Scottish Leaving Certificate Examination, 1955
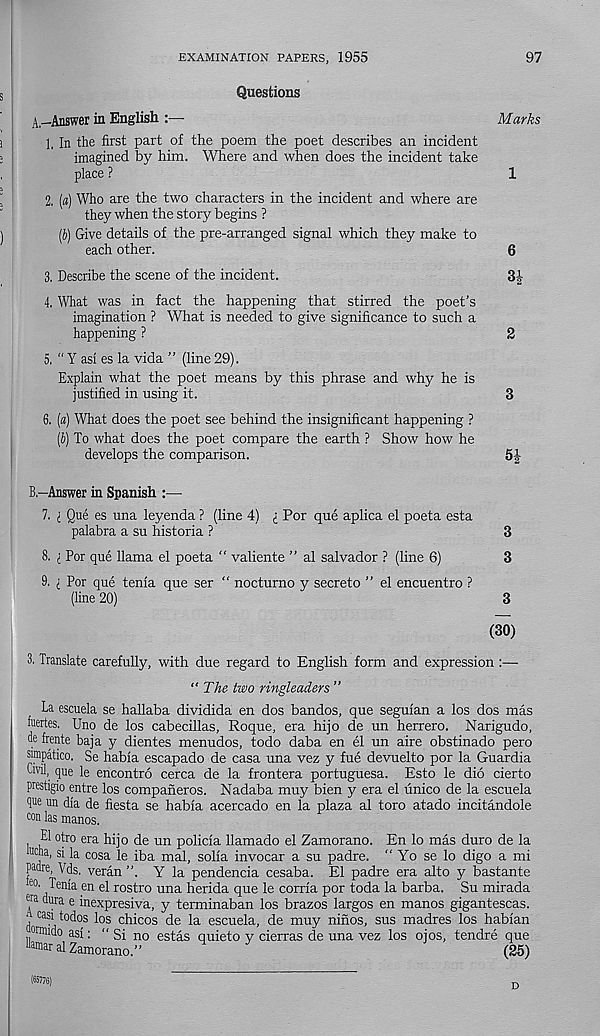
EXAMINATION PAPERS, 1955
97
Questions
A,—Answer in English :—
Marks
1, In the first part of the poem the poet describes an incident
imagined by him. Where and when does the incident take
place ?
1
2, (a) Who are the two characters in the incident and where are
they when the story begins ?
(b) Give details of the pre-arranged signal which they make to
each other.
6
3, Describe the scene of the incident.
3|
4. What was in fact the happening that stirred the poet’s
imagination ? What is needed to give significance to such a
happening ?
2
5. “ Y asi es la vida ” (line 29).
Explain what the poet means by this phrase and why he is
justified in using it.
3
6. (a) What does the poet see behind the insignificant happening ?
(b) To what does the poet compare the earth ? Show how he
develops the comparison.
5J
B.-Answer in Spanish
7. ; Que es una leyenda ? (line 4) i Por que aplica el poeta esta
palabra a su historia ?
3
8. i Por que llama el poeta “ valiente ” al Salvador ? (line 6)
3
9. i Por que tenia que ser “ nocturno y secreto ” el encuentro ?
(line 20)
3
(30)
3. Translate carefully, with due regard to English form and expression :—
“The two ringleaders ”
La escuela se hallaba dividida en dos bandos, que seguian a los dos mas
fuertes. Uno de los cabecillas, Roque, era hijo de un herrero. Narigudo,
de frente baja y dientes menudos, todo daba en el un aire obstinado pero
simpatico. Se habia escapado de casa una vez y fue devuelto por la Guardia
Civil, que le encontro cerca de la frontera portuguesa. Esto le dio cierto
prestigio entre los companeros. Nadaba muy bien y era el unico de la escuela
•Tie un dia de fiesta se habia acercado en la plaza al toro atado incitandole
con las manos.
El otro era hijo de un policia llamado el Zamorano. En lo mas duro de la
iucha, si la cosa le iba mal, solia invocar a su padre. “ Yo se lo digo a mi
PMre, Yds. veran ”. Y la pendencia cesaba. El padre era alto y bastante
eo ' Tenia en el rostro una herida que le corria por toda la barba. Su mirada
era - dura e inexpresiva, y terminaban los brazos largos en manos gigantescas.
, casi todos los chicos de la escuela, de muy ninos, sus madres los habian
onmdo asi: “ Si no estas quieto y cierras de una vez los ojos, tendre que
•kmar al Zamorano. ’ ’
(25)
(65!76)